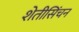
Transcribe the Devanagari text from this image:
शेतीसिंचन